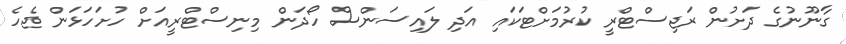
ގާނޫނުގެ ދަށުން ރަޖިސްޓްރީ ކުރުމަށްޓަކައި އަދި ލައިސަންސް ހޯދަން މިނިސްޓްރީއަށް ހުށަހަޅަން ޖެހެ